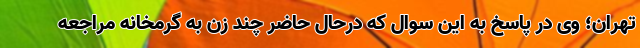
تهران؛ وی در پاسخ به این سوال که درحال حاضر چند زن به گرمخانه مراجعه